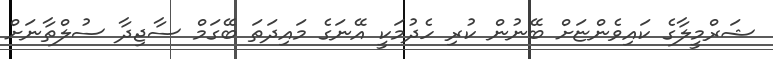
ޝަރްމީލާގެ ކައިވެންޏަށް ބޭނުން ކުރި ހެދުމަކީ އޭނަގެ މައިދަތަ ބޭގަމް ސާޖިދާ ސުލްތާނަށް